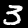
Label: 3